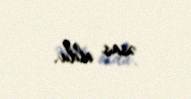
əsas oldu.